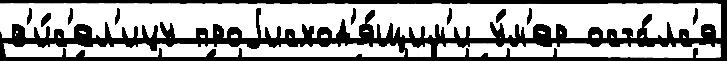
в'и́с'ел'ицу проjисход'я́щим'и у́м'ер оста́лс'я